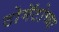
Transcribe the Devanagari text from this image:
टोमॅटोच्या